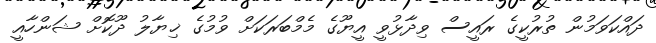
ދައްކަވަމުން ތުރުކީގެ ރައީސް ވިދާޅުވީ އީޔޫގެ މެމްބަރަކަށް ވުމުގެ ޚިޔާލު ދޫކޮށް ޝަންހާއީ